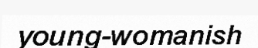
young-womanish